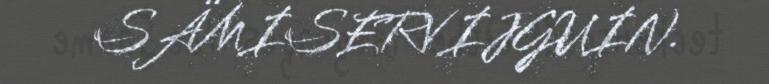
SÄMISERVIJGUIN.